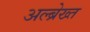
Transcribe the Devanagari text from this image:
अल्ब्रेख्त